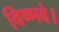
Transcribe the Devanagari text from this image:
विष्णवे।